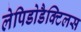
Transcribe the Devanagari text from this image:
लेपिडोडैक्टिलस